Leaving Certificate Examination, 1920
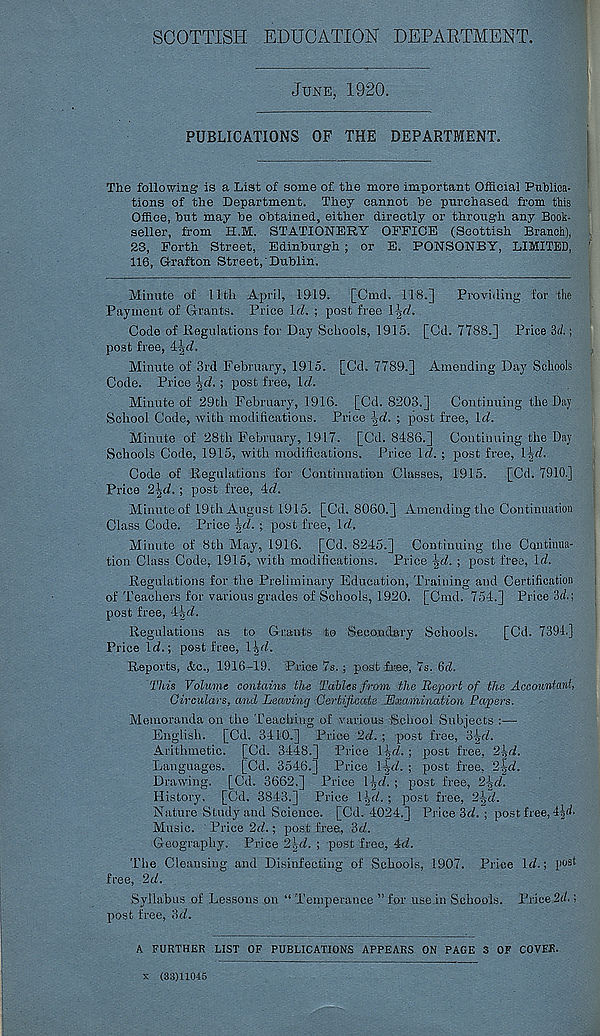
SCOTTISH EDUCATION DEPARTMENT.
JUNE, 1920.
PUBLICATIONS OF THE DEPARTMENT.
The following is a List of some of. the more important Official Publica-
tions of the Department. They cannot he purchased from this
Office, hut may he obtained, either directly or through any Book-
seller', from H.M. STATIONERY OFFICE (Scottish Branch),
23, Forth Street, Edinburgh ; or E. PONSONBY, LIMITED,
116, Grafton Street, Dublin,
Minute of 11th April, 1919. [Cmd. 118.]
Providing for the
Payment of Grants. Price IcL ; post free
Code of Regulations for Day Schools, 1915. [Cd. 7788.] Price 3d.;
post free,
Minute of 3rd February, 1915. [Cd. 7789.] Amending Day Schools
Code. Price
; post free, Id.
Minute of 29th February, 1916. [Cd. 8203.] Continuing the Day
School Code, with modifications. Price -|rf. ; post free, \d.
Minute of 28th February, 1917. [Cd. 8-186.] Continuing the Day
Schools Code, 1915, with modifications. Price Id. ; post free, l^d.
Code of Regulations for Continuation Classes, 1915. [Cd. 7910.]
Price 2\d. ; post free, led.
Minute of 19th August 1915. [Cd. 8060.] Amending the Continuation
Class Code. Price \d. ; post free, \d.
Minute of 8th May, 1916. [Cd. 8215.] Continuing the Continua-
tion Class Code, 1915, with modifications. Price \d. ; post free, Id.
Regulations for the Preliminary Education, Training and Certification
of Teachers for various grades of Schools, 1920. [Cmd. 754.] Price 3d.;
post free, l-gd.
Regulations as to Grants to Secondary Schools.
[Cd. 7394.]
Price Id.-, post free, 1
Reports, &c., 1916-19. Price 7s. ; post fee, 7s. 6d.
This Volume contains the Tables from the Report of the Accountant,
Circulars, and Leaving Certificate TSxamination Papers.
Memoranda on the Teaching of various School Subjects :—
English. [Cd. 3110.] Price 2d. ; post free, o^d.
Arithmetic. [Cd. 3118.] Price
; post free, 2^d.
Languages. [Cd. 3516.] Price lid. ; post free, 2|d.
Drawing. [Cd. 3662.] Price l^rf. ; post free, 2\d.
History. [Cd. 3813.] Price \\d. ; post free, 2ljd.
Nature Study and Science. [Cd. 1021.] Price 3(7. ; post free, 4^d.
Music. Price 2d.; post free, 3c7.
Geography. Price 2^d. ; post free, 4d.
The Cleansing and Disinfecting of Schools, 1907. Price 1(7.; p ost
free, 2d.
Syllabus of Lessons on “ Temperance ” for use in Schools. Price 2d.;
post free, 3(7.
A FURTHER LIST OF PUBLICATIONS APPEARS ON PAGE 3 OF COVER.
x (33)11045